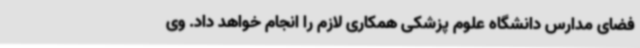
فضای مدارس دانشگاه علوم پزشکی همکاری لازم را انجام خواهد داد. وی